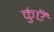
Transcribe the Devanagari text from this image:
कुंएँ